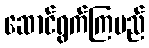
ဆောင်ရွက်ကြမည်